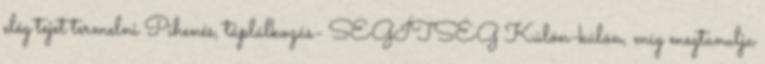
elég tejet termelni Pihenés, táplálkozás- SEGÍTSÉG Külön-külön, míg megtanulja